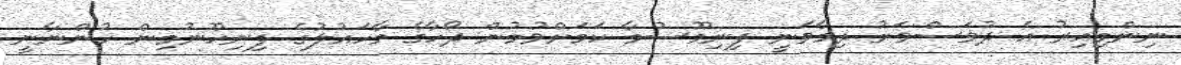
ނިންމިއިރު އެ ދުވަސްވަރު ދިމާވަނީ ފިނިމޫސުމާ ކަމަށްވުމުން ދޯހާގެ މާހައުލުގެ ފިނިހޫނުމިން ހުންނާނީ